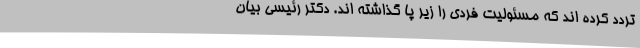
تردد کرده اند که مسئولیت فردی را زیر پا گذاشته اند. دکتر رئیسی بیان